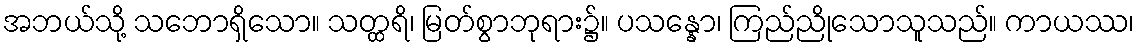
အဘယ်သို့ သဘောရှိသော။ သတ္ထရိ၊ မြတ်စွာဘုရား၌။ ပသန္နော၊ ကြည်ညိုသောသူသည်။ ကာယဿ၊